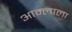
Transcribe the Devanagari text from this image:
आम्लाला